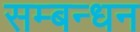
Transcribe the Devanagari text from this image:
सम्बन्धन